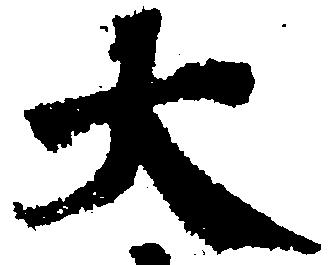
大